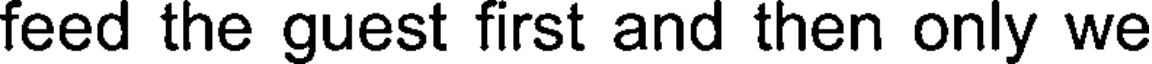
feed the guest first and then only we